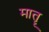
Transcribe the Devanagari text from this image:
मातॄ